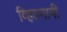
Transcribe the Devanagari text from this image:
व्हितनामी